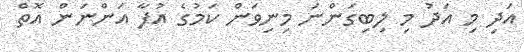
އަދި މި އަދު މި ލިބިގަންނަ މިނިވަން ކަމުގެ އުފާ އަންނަން އޮތް